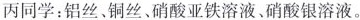
丙同学：铝丝、铜丝、硝酸亚铁溶液、硝酸银溶液。